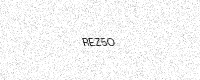
Text: REZ5O